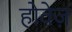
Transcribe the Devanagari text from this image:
होवेज़